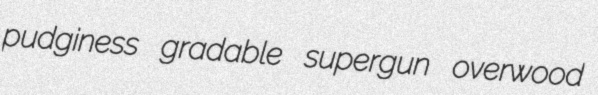
pudginess gradable supergun overwood